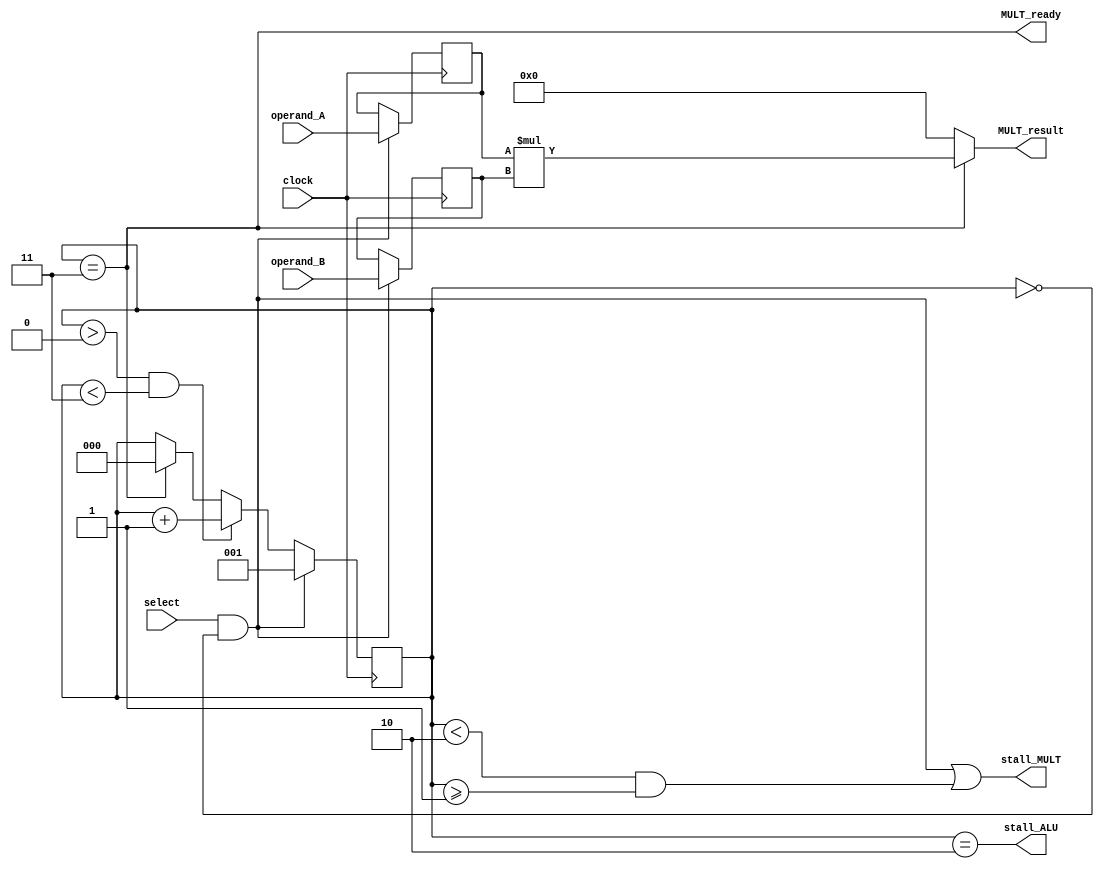
/** @module : ALU
 *  @author : Adaptive & Secure Computing Systems (ASCS) Laboratory
 
 *  Copyright (c) 2018 BRISC-V (ASCS/ECE/BU)
 *  Permission is hereby granted, free of charge, to any person obtaining a copy
 *  of this software and associated documentation files (the "Software"), to deal
 *  in the Software without restriction, including without limitation the rights
 *  to use, copy, modify, merge, publish, distribute, sublicense, and/or sell
 *  copies of the Software, and to permit persons to whom the Software is
 *  furnished to do so, subject to the following conditions:
 *  The above copyright notice and this permission notice shall be included in
 *  all copies or substantial portions of the Software.

 *  THE SOFTWARE IS PROVIDED "AS IS", WITHOUT WARRANTY OF ANY KIND, EXPRESS OR
 *  IMPLIED, INCLUDING BUT NOT LIMITED TO THE WARRANTIES OF MERCHANTABILITY,
 *  FITNESS FOR A PARTICULAR PURPOSE AND NONINFRINGEMENT. IN NO EVENT SHALL THE
 *  AUTHORS OR COPYRIGHT HOLDERS BE LIABLE FOR ANY CLAIM, DAMAGES OR OTHER
 *  LIABILITY, WHETHER IN AN ACTION OF CONTRACT, TORT OR OTHERWISE, ARISING FROM,
 *  OUT OF OR IN CONNECTION WITH THE SOFTWARE OR THE USE OR OTHER DEALINGS IN
 *  THE SOFTWARE.
 */

module MULT #(parameter DATA_WIDTH = 32)(
		clock,
		select, 
		operand_A, operand_B, 
		MULT_result, MULT_ready, stall_ALU, stall_MULT
); 
input select, clock; 
input [DATA_WIDTH-1:0]  operand_A ;
input [DATA_WIDTH-1:0]  operand_B ;
output [DATA_WIDTH-1:0] MULT_result;
output MULT_ready;
output stall_ALU;
output stall_MULT;
reg [2:0] cycles;
reg [DATA_WIDTH-1:0] reg_operand_A;
reg [DATA_WIDTH-1:0] reg_operand_B;
initial begin
	cycles = 0;
end

//assigns when the MULT calculation is ready
assign MULT_ready = (cycles==3);

//The stall signal for ALU so that ALU and MULT do not provide results at the same time
assign stall_ALU = (cycles == 2);

//The stall signal for the MULT
assign stall_MULT = (select & cycles == 0 | cycles < 2 & cycles >= 1);

//Assigns the result on the 3rd cycle
assign MULT_result   = 
            (cycles == 3) ? reg_operand_A * reg_operand_B: 0;           /* MULT */

always @ (posedge clock) begin
  
  //sets the cycle count when the MULT unit is first selected
	if (select & cycles == 0) begin
        cycles = 1;
	reg_operand_A = operand_A;
	reg_operand_B = operand_B;
        end
	else if (cycles > 0 && cycles < 3) cycles = cycles + 1;
	else if (cycles == 3) cycles = 0;
	else cycles = cycles;
end
endmodule